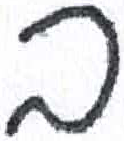
אות: ב